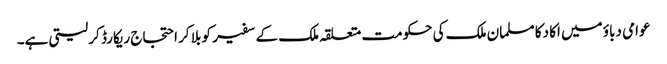
عوامی دباؤ میں اکا دکا مسلمان ملک کی حکومت متعلقہ ملک کے سفیر کو بلا کر احتجاج ریکارڈ کر لیتی ہے۔